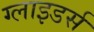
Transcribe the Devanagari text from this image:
ग्लाइडर्स